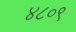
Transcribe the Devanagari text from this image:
४८०९